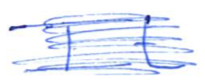
Text: It
Cross-out: scratch
Writing tool: ballpoint